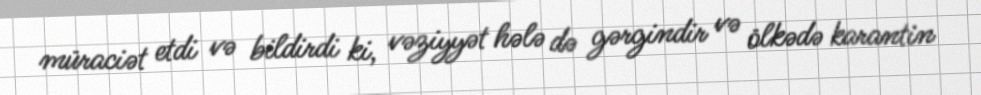
müraciət etdi və bildirdi ki, vəziyyət hələ də gərgindir və ölkədə karantin